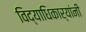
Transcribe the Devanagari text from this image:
विद्याधिकार्‍यांनी